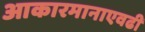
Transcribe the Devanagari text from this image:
आकारमानाएवढी